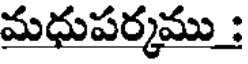
మధుపర్మము :